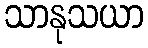
သာနုသယာ